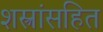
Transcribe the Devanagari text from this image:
शस्त्रांसहित